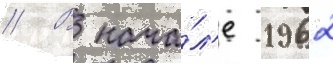
// В нача́л'е 1962